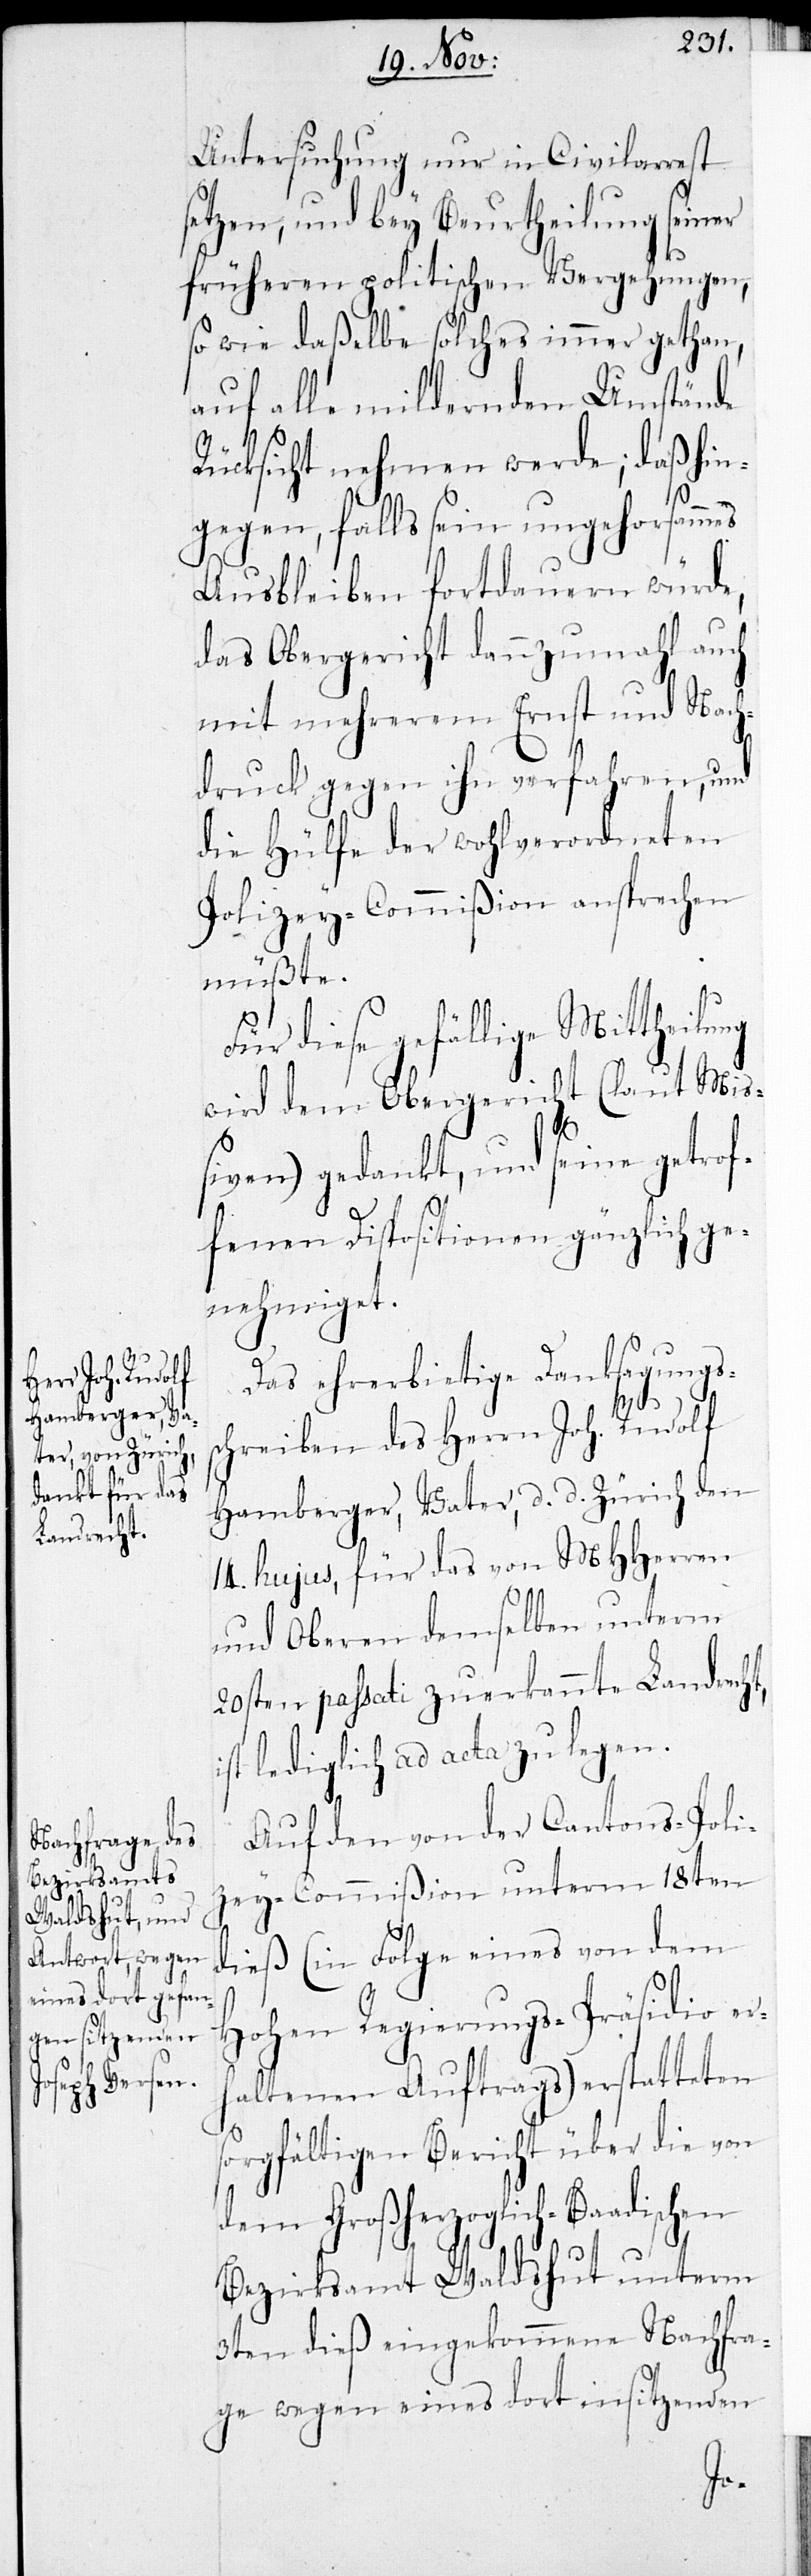
Untersuchung nur in Civilarrest
setzen, und bey Beurtheilung seiner
früheren politischen Vergehungen,
so wie daßelbe solches immer gethan,
auf alle mildernden Umstände
Rücksicht nehmen werde; daß hin¬
gegen, falls sein ungehorsammes
Ausbleiben fortdauern würde,
das Obergericht dannzumahl auch
mit mehrerem Ernst und Nach¬
druck gegen ihn verfahren, und
die Hülfe der wohlverordneten
Polizey-Commißion ansprechen
müßte.
Für diese gefällige Mittheilung
wird dem Obergericht (laut Miß¬
iven) gedankt, und seine getrof¬
fenen Dispositionen gänzlich ge¬
nehmiget.
Das ehrerbietige Danksagungs¬
schreiben des Herrn Joh. Rudolf
Homberger, Vater, d. d. Zürich den
14. hujus, für das von MHHerren
und Oberen demselben unterm
20sten passati zuerkannten Landrecht,
ist lediglich ad acta zu legen.
Auf den von der Cantons-Poli¬
zey-Commißion unterm 18ten
dieß (in Folge eines von dem
Hohen Regierungs-Präsidio erh¬
altenen Auftrags) erstatteten
sorgfältigen Bericht über die von
dem Großherzoglich-Baadischen
Bezirksamt Waldshut unterm
3ten dieß eingekommene Nachfra¬
ge wegen eines dort insitzenden